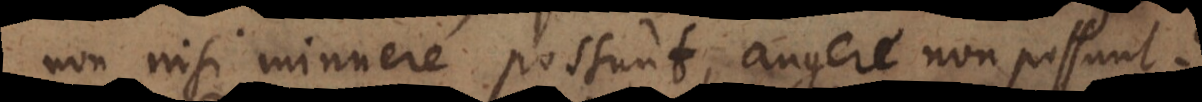
non nisi minuere possunt, augere non possunt?